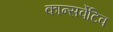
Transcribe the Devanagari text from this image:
कान्सर्वेटिव